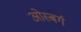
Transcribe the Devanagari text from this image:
ओस्बर्ग